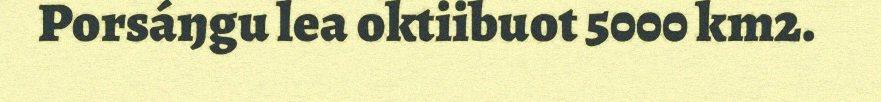
Porsáŋgu lea oktiibuot 5000 km2.